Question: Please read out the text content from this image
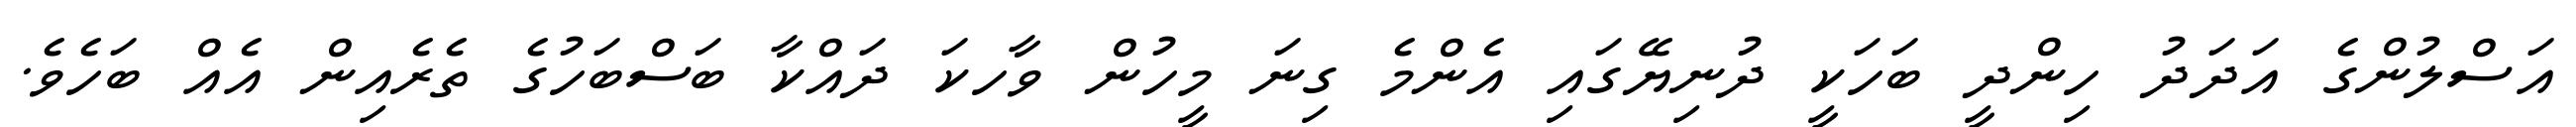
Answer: އަސްލުންގެ އަދަދު ހިންދީ ބަހަކީ ދުނިޔޭގައި އެންމެ ގިނަ މީހުން ވާހކަ ދައްކާ ބަސްބަހުގެ ތެރެއިން އެއް ބަހެވެ.